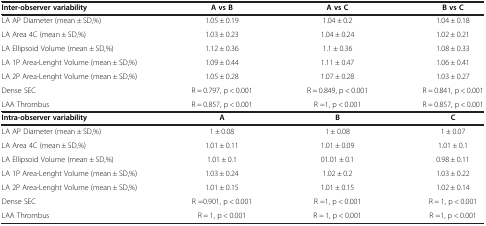
<table><thead><tr><td><b>Inter-observer variability</b></td><td><b>A vs B</b></td><td><b>A vs C</b></td><td><b>B vs C</b></td></tr></thead><tbody><tr><td>LA AP Diameter (mean ± SD,%)</td><td>1.05 ± 0.19</td><td>1.04 ± 0.2</td><td>1.04 ± 0.18</td></tr><tr><td>LA Area 4C (mean ± SD,%)</td><td>1.03 ± 0.23</td><td>1.04 ± 0.24</td><td>1.02 ± 0.21</td></tr><tr><td>LA Ellipsoid Volume (mean ± SD,%)</td><td>1.12 ± 0.36</td><td>1.1 ± 0.36</td><td>1.08 ± 0.33</td></tr><tr><td>LA 1P Area-Lenght Volume (mean ± SD,%)</td><td>1.09 ± 0.44</td><td>1.11 ± 0.47</td><td>1.06 ± 0.41</td></tr><tr><td>LA 2P Area-Lenght Volume (mean ± SD,%)</td><td>1.05 ± 0.28</td><td>1.07 ± 0.28</td><td>1.03 ± 0.27</td></tr><tr><td>Dense SEC</td><td>R = 0.797, p &lt; 0.001</td><td>R = 0.849, p &lt; 0.001</td><td>R = 0.841, p &lt; 0.001</td></tr><tr><td>LAA Thrombus</td><td>R = 0.857, p &lt; 0.001</td><td>R =1, p &lt; 0.001</td><td>R = 0.857, p &lt; 0.001</td></tr><tr><td><b>Intra-observer variability</b></td><td><b>A</b></td><td><b>B</b></td><td><b>C</b></td></tr><tr><td>LA AP Diameter (mean ± SD,%)</td><td>1 ± 0.08</td><td>1 ± 0.08</td><td>1 ± 0.07</td></tr><tr><td>LA Area 4C (mean ± SD,%)</td><td>1.01 ± 0.11</td><td>1.01 ± 0.09</td><td>1.01 ± 0.1</td></tr><tr><td>LA Ellipsoid Volume (mean ± SD,%)</td><td>1.01 ± 0.1</td><td>01.01 ± 0.1</td><td>0.98 ± 0.11</td></tr><tr><td>LA 1P Area-Lenght Volume (mean ± SD,%)</td><td>1.03 ± 0.24</td><td>1.02 ± 0.2</td><td>1.03 ± 0.22</td></tr><tr><td>LA 2P Area-Lenght Volume (mean ± SD,%)</td><td>1.01 ± 0.15</td><td>1.01 ± 0.15</td><td>1.02 ± 0.14</td></tr><tr><td>Dense SEC</td><td>R =0.901, p &lt; 0.001</td><td>R =1, p &lt; 0.001</td><td>R = 1, p &lt; 0.001</td></tr><tr><td>LAA Thrombus</td><td>R = 1, p &lt; 0.001</td><td>R = 1, p &lt; 0.001</td><td>R =1, p &lt; 0.001</td></tr></tbody></table>